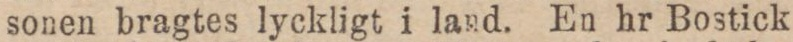
sonen bragtes lyckligt i land. En hr Bostick